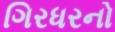
ગિરધરનો